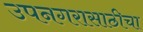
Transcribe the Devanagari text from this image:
उपनगरासाठीचा